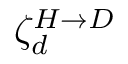
\zeta _ { d } ^ { H \rightarrow D }